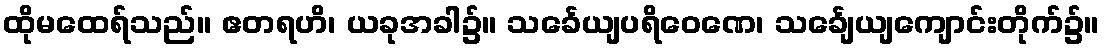
ထိုမထေရ်သည်။ ဧတရဟိ၊ ယခုအခါ၌။ သင်္ခေယျပရိဝေဏေ၊ သင်္ချေယျကျောင်းတိုက်၌။